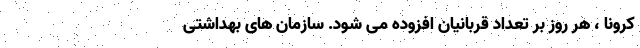
کرونا ، هر روز بر تعداد قربانیان افزوده می شود. سازمان های بهداشتی